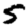
Digit: 5